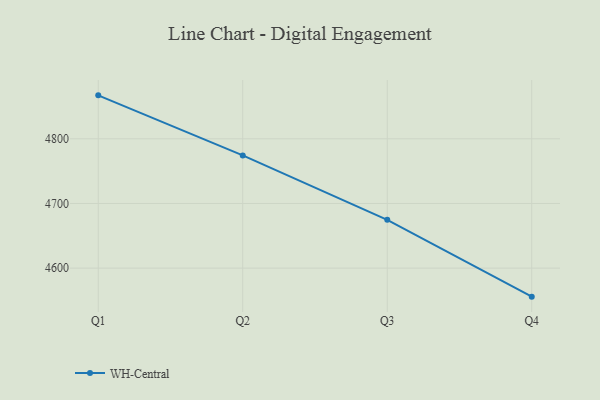
{"axis": {"x": "Quarter", "y": "Headcount"}, "legend": ["WH-Central"], "data": [{"x": "Q1", "y": 4867.2, "type": "WH-Central"}, {"x": "Q2", "y": 4774.3, "type": "WH-Central"}, {"x": "Q3", "y": 4674.7, "type": "WH-Central"}, {"x": "Q4", "y": 4555.9, "type": "WH-Central"}]}